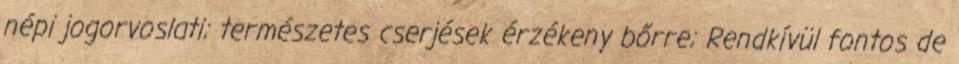
népi jogorvoslati; természetes cserjések érzékeny bőrre; Rendkívül fontos de